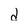
Character: d